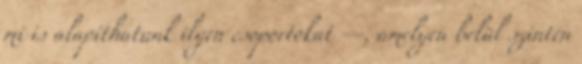
mi is alapíthatunk ilyen csoportokat —, amelyen belül szintén